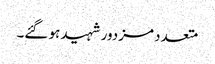
متعدد مزدور شہید ہو گئے۔